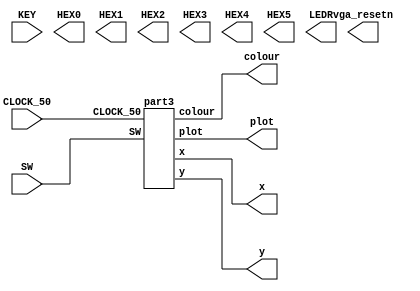
`timescale 1ns / 1ps
`default_nettype none

module main	(
	input wire CLOCK_50,            //On Board 50 MHz
	input wire [9:0] SW,            // On board Switches
	input wire [3:0] KEY,           // On board push buttons
	output wire [6:0] HEX0,         // HEX displays
	output wire [6:0] HEX1,         
	output wire [6:0] HEX2,         
	output wire [6:0] HEX3,         
	output wire [6:0] HEX4,         
	output wire [6:0] HEX5,         
	output wire [9:0] LEDR,         // LEDs
	output wire [7:0] x,            // VGA pixel coordinates
	output wire [6:0] y,
	output wire [2:0] colour,       // VGA pixel colour (0-7)
	output wire plot,               // Pixel drawn when this is pulsed
	output wire vga_resetn          // VGA resets to black when this is pulsed (NOT CURRENTLY AVAILABLE)
);    

	part3 p3(CLOCK_50, SW, x, y, colour, plot);
	
endmodule

module part3
    (
        CLOCK_50,                        
        SW,
		  x,
		  y,
		  colour,
		  plot,
		  //vga_resetn
    );

    input CLOCK_50;                
    input [9:0] SW;
	 output [7:0] x;
	 output [6:0] y;
	 output [2:0] colour;
	 output reg plot;
	 //output reg vga_resetn;
	 
    reg [2:0] clr = 3'b001;
    reg [6:0] xin = 7'd0;
    reg [6:0] yin = 7'd0;
    reg rx = 1'b0;
    reg ry = 1'b0;

    reg go = 1;
    wire erase;
    reg trigger = 1;
    reg reset = 1;
    reg clk = 1'b0;
    reg [7:0] erasecounter = 7'b0;
    assign erase = (erasecounter == 7'b0) ? 1'b0 : 1'b1;
    reg [3:0] speedcount;

    wire pulse; // 120Hz pulse generated for 1/120 period
    wire [26:0] timer = 27'b000000001100101101110011010; // 1/120 sec count (120Hz)
    reg [26:0] counter;
    
     // Generate 120Hz Pulse
    assign pulse = (counter == 27'b0) ? 1'b1 : 1'b0;
    always@(posedge CLOCK_50) begin
        if (counter >= timer)
            counter <= 27'b0;
        else
            counter <= counter + 1;
    end
    
    always @(posedge pulse) begin
        if (erasecounter >= 7'b11)
            erasecounter <= 7'b0;
        else
            erasecounter <= erasecounter + 1;
        
        speedcount <= speedcount + 1;

        clk = ~clk; // Generate 120Hz clk - eqv of 60 Hz refresh rate
        if (clk) begin // clk posedge set clr, update sprite x location
            
            case(rx)
                1'b0: begin
                    if (xin == 7'd124)
                        rx <= 1'b1;
                        
                    else if (speedcount >= SW[2:0])
                        xin <= xin + 7'd1;
                    end
                1'b1: begin
                    if (xin == 7'd0)
                        rx <= 1'b0;
                        
                    else if (speedcount >= SW[2:0])
                        xin <= xin - 7'd1;
                    end
                default: rx <= 1'b0;
            endcase

            case(ry)
                1'b0: begin
                    if (yin == 7'd116)
                        ry <= 1'b1;
                        
                    else if (speedcount >= SW[2:0])
                        yin <= yin + 7'd1;
                    end
                1'b1: begin
                    if (yin == 7'd0)
                        ry <= 1'b0;
                        
                    else if (speedcount >= SW[2:0])
                        yin <= yin - 7'd1;
                    end
                default: ry <= 1'b0;
            endcase
        
            go <= 1'b0;
            trigger <= 1'b1;
        end
        else begin
            // clk negedge update sprite y location and display

            go <= 1'b1;
            trigger <= 1'b0;
        end

        // + 7'b1 allows speedcount to be updated on the next cycle because how <= works vs. =
        if (speedcount >= (SW[2:0] + 7'b1))
            speedcount <= 4'b0;
    end

    wire Lx, Ly, Lc, enable;
    wire [2:0] DataColour;

    assign DataColour = clr;

    always @(*) begin
        case (~erase)
            1'b1: plot = 1'b1;
            1'b0: plot = ~trigger;
            default: plot = ~trigger;
        endcase
    end

    control C0(
        .clk(CLOCK_50),
        .resetn(reset),
        .plot(plot),
        .enable(enable),
        .go(~go),

        .lx(Lx), 
        .ly(Ly),
        .lc(Lc)
    );

    datapath D0(
        .clk(CLOCK_50),
        .resetn(reset),
        .plot(plot),
        .enable(enable),

        .lx(Lx), 
        .ly(Ly),
        .lc(Lc),
        .lb(~erase),
        .xin(xin),
        .yin(yin),
        .colour(DataColour),
        .cout(colour),
        .xout(x),
        .yout(y)
    );
endmodule

module control(clk, resetn, plot, enable, go, lx, ly, lc);

    input clk;
    input go;
    input resetn;
    input plot;
    output reg enable;
    output reg lx;
    output reg ly; 
    output reg lc;

    reg [3:0] current_state;
    reg [3:0] next_state;
       
    
    localparam  S_LOAD_X       = 3'd0,
                S_LOAD_WAIT_X  = 3'd1,
                S_LOAD_Y       = 3'd2,
                S_LOAD_WAIT_Y  = 3'd3,
                CYCLE_0        = 3'd4,
                S_DONE         = 3'd5;
                    
    always@(*)
    begin: state_table
            case (current_state)
                 S_LOAD_X: next_state = go ? S_LOAD_WAIT_X : S_LOAD_X;
                S_LOAD_WAIT_X: next_state = go ? S_LOAD_WAIT_X : S_LOAD_Y; 
                S_LOAD_Y: next_state = go ? S_LOAD_WAIT_Y : S_LOAD_Y;    
                S_LOAD_WAIT_Y: next_state = go ? S_LOAD_WAIT_Y : CYCLE_0; 
                CYCLE_0: next_state = S_DONE;
                S_DONE: next_state = S_LOAD_X;
                default: next_state = S_LOAD_X;
            endcase
    end
   
always @(*)
    begin: enable_signals
        // By default make all our signals 0
        lx = 1'b0;
        enable = 1'b0;
        lc = 1'b0;
        ly = 1'b0;
  
 
        case (current_state)
            S_LOAD_X: begin
                lx = 1'b1;
                lc = 1'b1;
                enable = 1'b0;    
                ly = 1'b0;
            end
                          
            S_LOAD_Y: begin
                lx = 1'b0;
                lc = 1'b0;
                enable = 1'b0;    
                ly = 1'b1;
            end
                          
            CYCLE_0: begin
                lx = 1'b0;
                lc = 1'b0;
                enable = 1'b1;    
                ly = 1'b0;
            end
                          
            S_DONE: begin
                lx = 1'b0;
                lc = 1'b0;
                enable = 1'b1;    
                ly = 1'b0;
            end
      endcase
    end
                    
    // current_state registers
    always@(posedge clk)
    begin: state_FFs
        if (!resetn)
            current_state <= S_LOAD_X;
        else
            current_state <= next_state;
    end // state_FFS
endmodule 


module datapath(lx, ly, lc, lb, xin, yin, enable, plot, resetn, clk, xout, yout, colour, cout);

    input clk;
    input resetn;
    input plot;
    input enable;
    input lx;
    input ly; 
    input lc;
    input lb;

    input [2:0] colour;
    input [6:0] xin;
    input [6:0] yin;
    output reg [7:0] xout;
    output reg [6:0] yout;
    output reg [2:0] cout;

    reg [2:0] regcolour;
    reg [7:0] Xorigin;
    reg [6:0] Yorigin;
    reg [3:0] counter;
    reg [2:0] regBlack;
    reg [14:0] counterBlack;

    always@(posedge clk) begin
        if (!resetn) begin
            Xorigin <= 8'b0;
            Yorigin <= 7'b0;
            regcolour <= 3'b0;
        end
        else begin

            if (lx)
                Xorigin <= {1'b0, xin};
            if (ly)
                Yorigin <= yin;
            if (lc)
                regcolour <= colour;
        end
    end
        
    always@ (posedge clk) begin
        
        if (lb) begin
            counterBlack <= counterBlack + 1'b1;
            xout <= counterBlack[7:0];
            yout <= counterBlack[14:8];
            cout <= 3'b000;
        end
        else begin
            if (plot)
                begin
                    if (!resetn) begin

                        xout <= 8'b0;
                        yout <= 7'b0;
                        counter <= 4'b0;
                        cout <= 3'b0; 
                        counterBlack <= 15'b0;
                    end
                    if (counter <= 4'b1111) begin

                        counterBlack <= 15'b0;
                        cout <= regcolour  + 1'b0;
                        xout <= Xorigin + counter[1:0];
                        yout <= Yorigin + counter[3:2];
                        counter <= counter + 1'b1;
                    end
                    else begin
                        xout <= xout;
                        yout <= yout;
                        cout <= 3'b0;
                    end
                end
            else begin
                xout <= xout;
                yout <= yout;
            end
        end
    end
endmodule